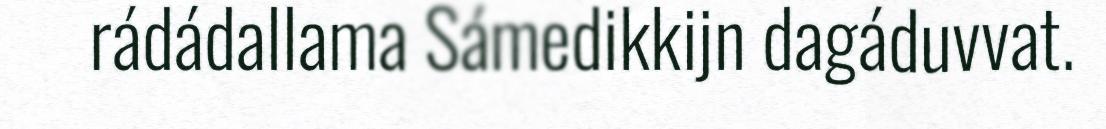
rádádallama Sámedikkijn dagáduvvat.